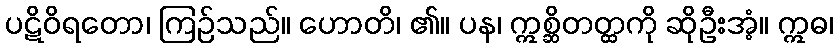
ပဋိဝိရတော၊ ကြဉ်သည်။ ဟောတိ၊ ၏။ ပန၊ ဣစ္ဆိတတ္ထကို ဆိုဦးအံ့။ ဣဓ၊